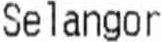
SELANGOR